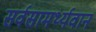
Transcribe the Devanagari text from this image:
सर्वसामर्थ्यवान